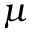
\boldsymbol \mu